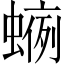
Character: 𧍐